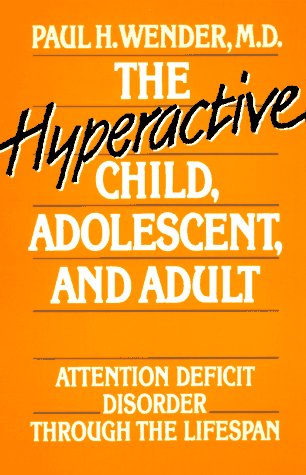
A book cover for The Hyperactive Child, Adolescent, and Adult: Attention Deficit Disorder Through the Lifespan; Paul H. Wender; Parenting & Relationships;